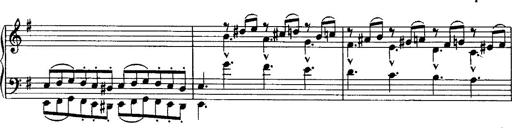
Title: Rondo di bravura
Composer: Franz Liszt